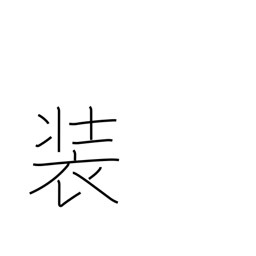
Meaning: attire